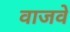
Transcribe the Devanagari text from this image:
वाजवे